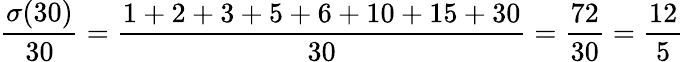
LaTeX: {\frac{\sigma(30)}{30}}={\frac{1+2+3+5+6+10+15+30}{30}}={\frac{72}{30}}={\frac{12}{5}}